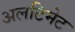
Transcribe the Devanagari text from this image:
अलटिमेट